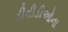
ડીવીડીઓના